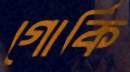
গোর্কি